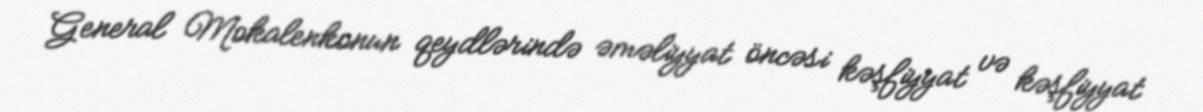
General Mokalenkonun qeydlərində əməliyyat öncəsi kəşfiyyat və kəşfiyyat